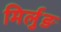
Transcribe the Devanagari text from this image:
मिर्लुङ